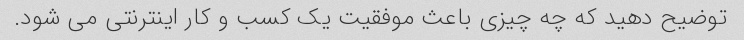
توضیح دهید که چه چیزی باعث موفقیت یک کسب و کار اینترنتی می شود.